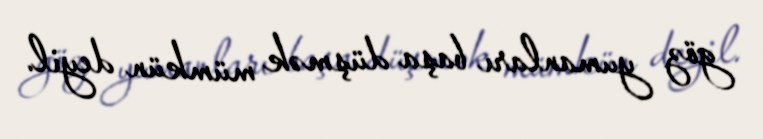
göz yumanları başa düşmək mümkün deyil.